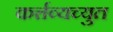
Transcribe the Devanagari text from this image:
कर्त्तव्यच्युत